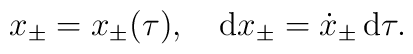
x_\pm=x_\pm(\tau),\quad{\rm d}x_\pm=\dot x_\pm\,{\rm d}\tau.